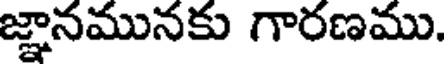
జ్ఞానమునకు గారణము.